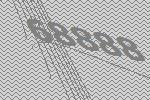
68888